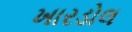
ખારડોલ